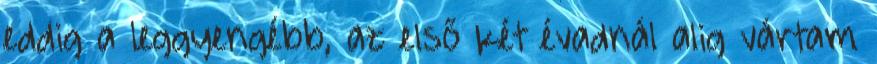
eddig a leggyengébb, az első két évadnál alig vártam